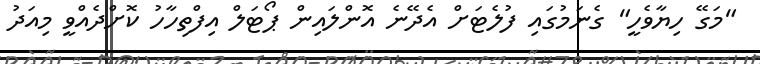
"މަގޭ ހިޔާވެހީ" ގެނަމުގައި ފުލެޓަށް އެދޭނެ އޮންލައިން ޕޯޓަލް އިފްތިހާހު ކޮށްދެއްވީ މިއަދު